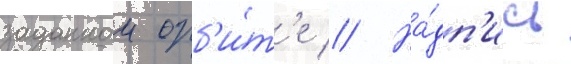
заданнои орб'и́т'е // На́дп'ись